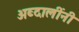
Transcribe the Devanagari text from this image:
अब्दालींनी